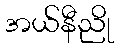
အယ်နီညို